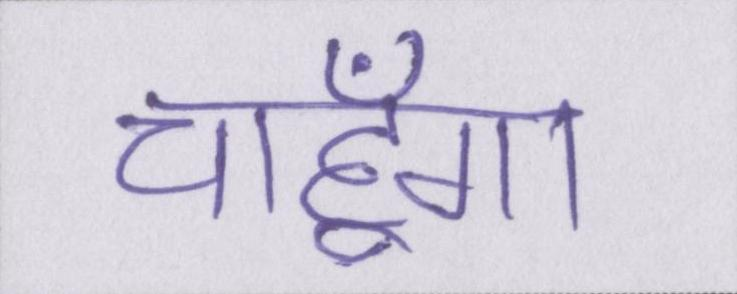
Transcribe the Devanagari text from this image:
चाहूँगा